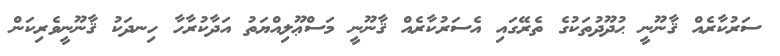
ސަރުކާރެއް ޤާނޫނީ ޙުދޫދުތަކުގެ ތެރޭގައި އެސަރުކާރެއް ޤާނޫނީ މަސްޢޫލިއްޔަތު އަދާކުރާހާ ހިނދަކު ޤާނޫނީވެރިކަން